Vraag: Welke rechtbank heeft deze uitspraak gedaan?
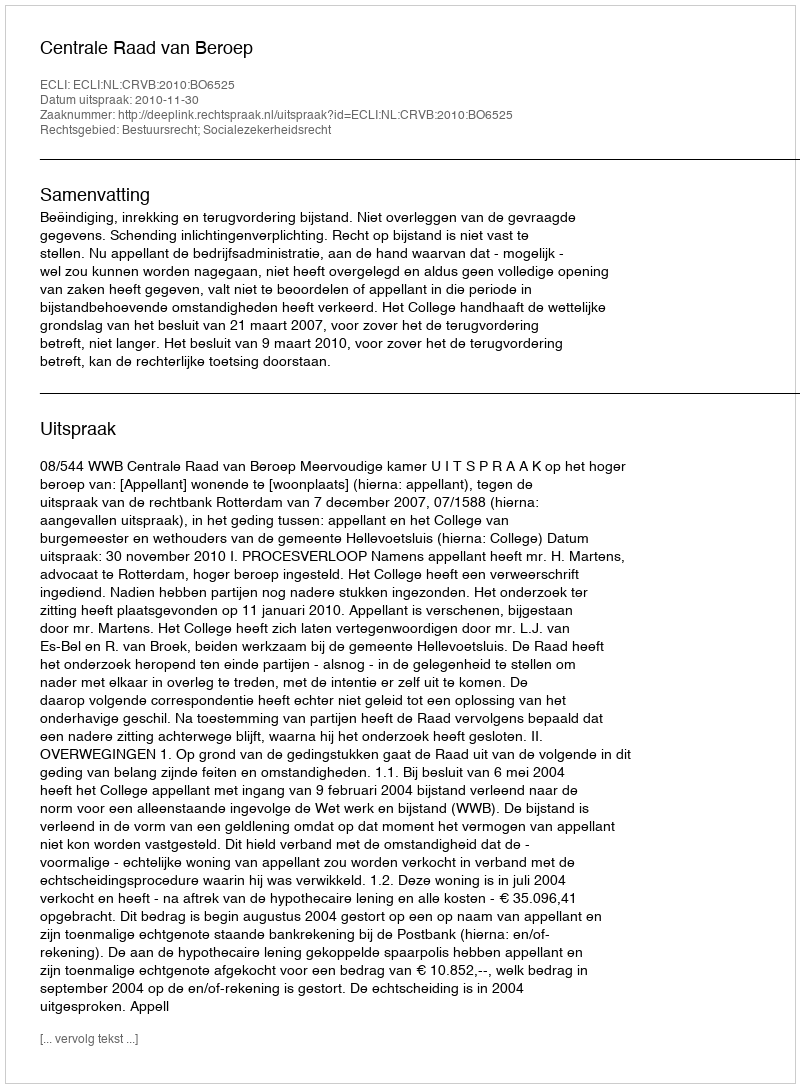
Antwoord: Centrale Raad van Beroep